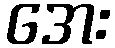
အေး